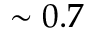
\sim 0 . 7